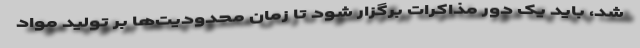
شد، باید یک دور مذاکرات برگزار شود تا زمان محدودیت‌ها بر تولید مواد